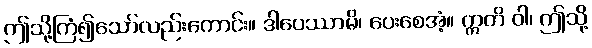
ဤသို့ကြံ၍သော်လည်းကောင်း။ ဒါပေဿာမိ၊ ပေးစေအံ့။ ဣတိ ဝါ၊ ဤသို့